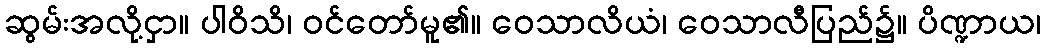
ဆွမ်းအလို့ငှာ။ ပါဝိသိ၊ ဝင်တော်မူ၏။ ဝေသာလိယံ၊ ဝေသာလီပြည်၌။ ပိဏ္ဍာယ၊